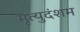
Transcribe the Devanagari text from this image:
मृत्युदंशम